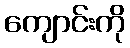
ကျောင်းကို